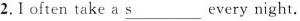
2. I often take a \underline{s} every night.